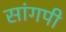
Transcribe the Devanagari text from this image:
सांगपी